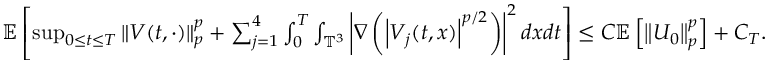
\begin{array} { r } { \mathbb { E } \left[ \operatorname* { s u p } _ { 0 \leq t \leq T } \left\| V ( t , \cdot ) \right\| _ { p } ^ { p } + \sum _ { j = 1 } ^ { 4 } \int _ { 0 } ^ { T } \int _ { \mathbb { T } ^ { 3 } } \left| \nabla \left( \left| V _ { j } ( t , x ) \right| ^ { p / 2 } \right) \right| ^ { 2 } d x d t \right] \leq C \mathbb { E } \left[ \left\| U _ { 0 } \right\| _ { p } ^ { p } \right] + C _ { T } . } \end{array}